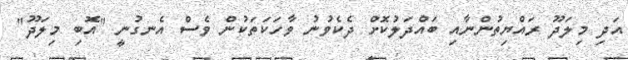
އަދި މިލަދޫ ރައްޔިތުންނާއި ބައްދަލުކޮށް ދެކެވުނު ވާހަކަތަކުން ވެސް އެނގުނީ "އޮބި މިލަދޫ"